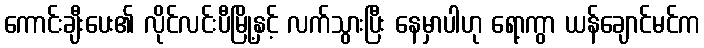
ကောင်းချီးပေး၏ လိုင်လင်းပီမြို့နှင့် လက်သွားပြီး နေမှာပါဟု ရော့ကွာ ယန်ချောင်မင်က